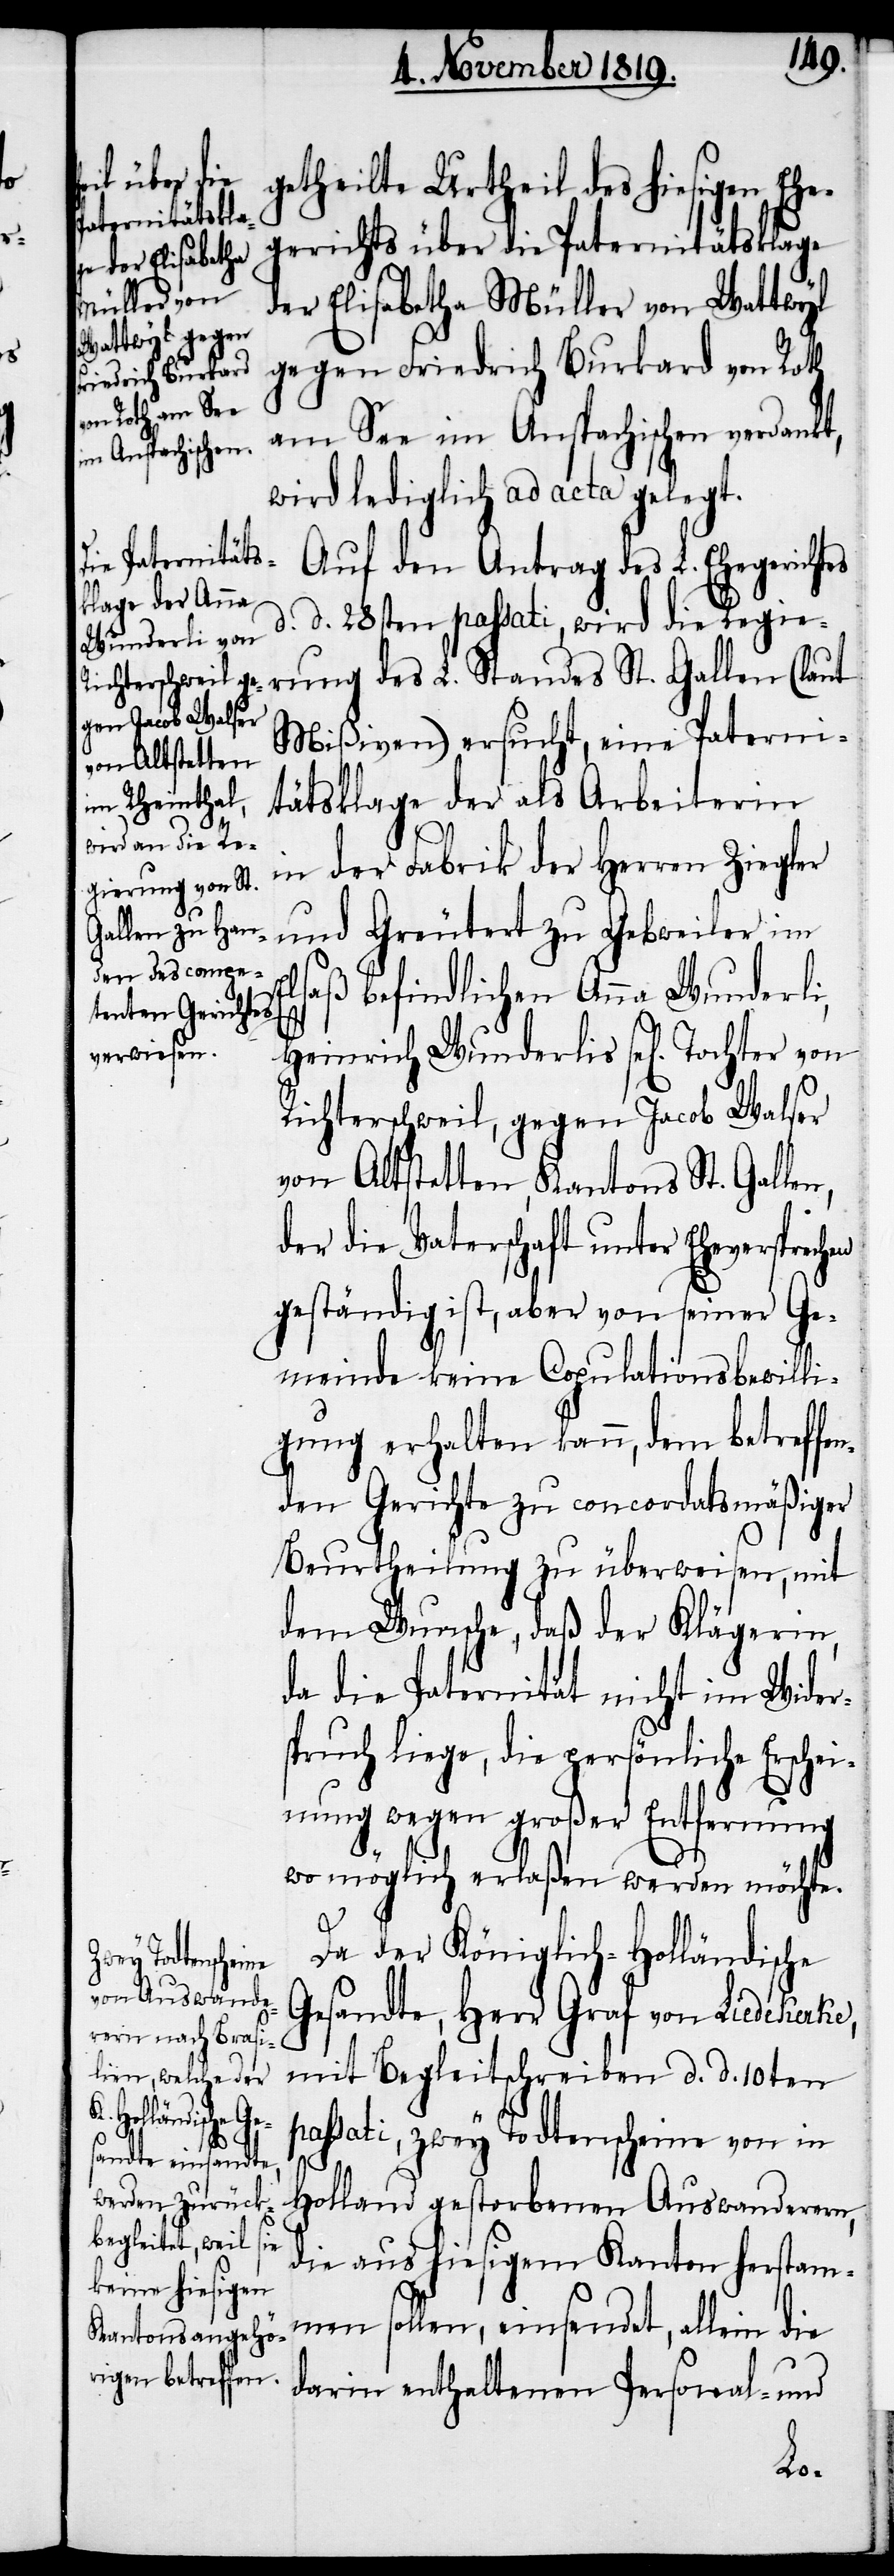
getheilte Urtheil des hiesigen Ehe¬
gerichts über die Paternitätsklage
Tochter von
der Elisabetha Müller von Wattwyl
gegen Friedrich Burkard von Roth
am See im Anspachischen verdankt,
wird lediglich ad acta gelegt.
Auf den Antrag des L. Ehegerichtes
d. d. 28sten passati, wird die Regie¬
Mißiven) ersucht, eine Paterni¬
tätsklage der als Arbeiterin
n,
in der Fabrik der Herren Ziegler
und Greutert zu Gebweiler im
Elsaß befindlichen Anna Wunderli,
Richterschweil, gegen Jacob Walser
von Altstetten, Kantons St. Galle¬
der die Vaterschaft unter Eheversprechen
geständig ist, aber von seiner Ge¬
meinde keine Copulationsbewilli¬
gung erhalten kann, dem betreffe¬
nden Gerichte zu concordatsmäßiger
Beurtheilung zu überweisen, mit
dem Wunsche, daß der Klägerin,
da die Paternität nicht im Wider¬
spruch liege, die persönliche Erschei¬
nung wegen großer Entfernung
wo möglich erlaßen werden möchte.
Da der Königlich-Holländische
Gesandte, Herr Graf von Liedekerke,
mit Begleitschreiben d. d. 10ten
passati, zwey Todtenscheine von in
St.
Holland gestorbenen Auswanderern,
die aus hiesigem Kanton herstam¬
men sollen, einsendet, allein die
darin enthaltenen Personal- und
des